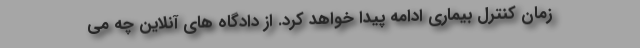
زمان کنترل بیماری ادامه پیدا خواهد کرد. از دادگاه های آنلاین چه می